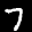
Label: 7